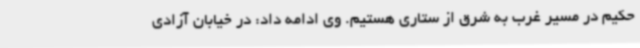
حکیم در مسیر غرب به شرق از ستاری هستیم. وی ادامه داد: در خیابان آزادی